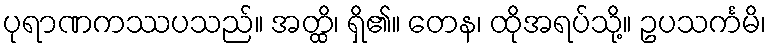
ပုရာဏကဿပသည်။ အတ္ထိ၊ ရှိ၏။ တေန၊ ထိုအရပ်သို့။ ဥပသင်္ကမိ၊